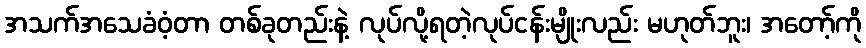
အသက်အသေခံဝံ့တာ တစ်ခုတည်းနဲ့ လုပ်လို့ရတဲ့လုပ်ငန်းမျိုးလည်း မဟုတ်ဘူး၊ အတော့်ကို